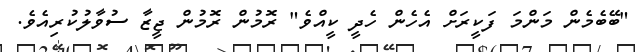
"ބޭބެމެން މަންމަ ފަކީރަށް އެހެން ހެދީ ކީއްވެ" ރޮމުން ރޮމުން ޖީޒާ ސުވާލުކުރިއެވެ.